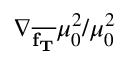
\nabla _ { \overline { { \mathbf { f _ { T } } } } } \mu _ { 0 } ^ { 2 } / \mu _ { 0 } ^ { 2 }